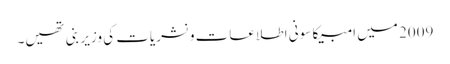
2009 میں امبیکا سونی اطلاعات و نشریات کی وزیر بنی تھیں۔